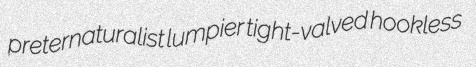
preternaturalist lumpier tight-valved hookless